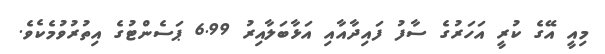
މިއީ އޭގެ ކުރީ އަހަރުގެ ސާފު ފައިދާއާއި އަޅާބަލާއިރު 6.99 ޕަސެންޓުގެ އިތުރުވުމެކެވެ.